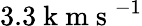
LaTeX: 3.3\mathrm{~k~m~s~}^{-1}